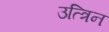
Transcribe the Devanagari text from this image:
उत्त्रिन